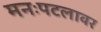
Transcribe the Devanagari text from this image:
मनःपटलावर